Civil Veterinary Department Bengal reports 1933-51 - 1933-1951
Year: 1933
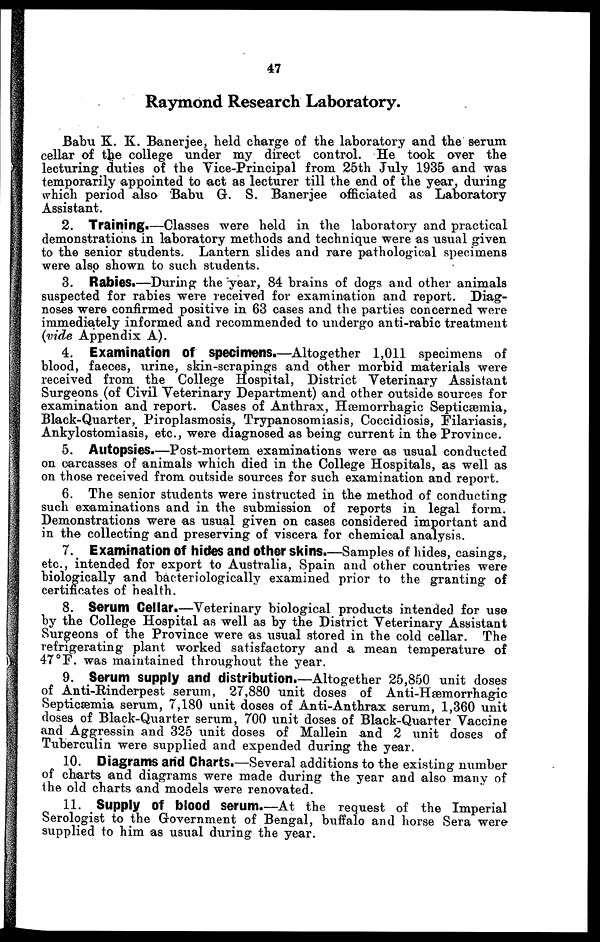
47
Raymond Research Laboratory.
Babu K. K. Banerjee, held charge of the laboratory and the serum
cellar of the college under my direct control. He took over the
lecturing duties of the Vice-Principal from 25th July 1935 and was
temporarily appointed to act as lecturer till the end of the year, during
which period also Babu G. S. Banerjee officiated as Laboratory
Assistant.
2. Training.—Classes were held in the laboratory and practical
demonstrations in laboratory methods and technique were as usual given
to the senior students. Lantern slides and rare pathological specimens
were also shown to such students.
3. Rabies.—During the year, 84 brains of dogs and other animals
suspected for rabies were received for examination and report. Diag-
noses were confirmed positive in 63 cases and the parties concerned were
immediately informed and recommended to undergo anti-rabic treatment
(vide Appendix A).
4. Examination of specimens.—Altogether 1,011 specimens of
blood, faeces, urine, skin-scrapings and other morbid materials were
received from the College Hospital, District Veterinary Assistant
Surgeons (of Civil Veterinary Department) and other outside sources for
examination and report. Cases of Anthrax, Hæmorrhagic Septicæmia,
Black-Quarter, Piroplasmosis, Trypanosomiasis, Coccidiosis, Filariasis,
Ankylostomiasis, etc., were diagnosed as being current in the Province.
5. Autopsies.—Post-mortem examinations were as usual conducted
on carcasses of animals which died in the College Hospitals, as well as
on those received from outside sources for such examination and report.
6. The senior students were instructed in the method of conducting
such examinations and in the submission of reports in legal form.
Demonstrations were as usual given on cases considered important and
in the collecting and preserving of viscera for chemical analysis.
7. Examination of hides and other skins.—Samples of hides, casings,
etc., intended for export to Australia, Spain and other countries were
biologically and baeteriologically examined prior to the granting of
certificates of health.
8. Serum Cellar.—Veterinary biological products intended for use
by the College Hospital as well as by the District Veterinary Assistant
Surgeons of the Province were as usual stored in the cold cellar. The
refrigerating plant worked satisfactory and a mean temperature of
47°F. was maintained throughout the year.
9. Serum supply and distribution.—Altogether 25,850 unit doses
of Anti-Rinderpest serum, 27,880 unit doses of Anti-Hæmorrhagic
Septicæmia serum, 7,180 unit doses of Anti-Anthrax serum, 1,360 unit
doses of Black-Quarter serum, 700 unit doses of Black-Quarter Vaccine
and Aggressin and 325 unit doses of Mallein and 2 unit doses of
Tuberculin were supplied and expended during the year.
10. Diagrams and Charts.—Several additions to the existing number
of charts and diagrams were made during the year and also many of
the old charts and models were renovated.
11. Supply Of blood serum.—At the request of the Imperial
Serologist to the Government of Bengal, buffalo and horse Sera were
supplied to him as usual during the year.